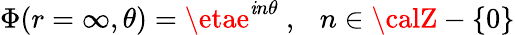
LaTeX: \Phi(r=\infty,\theta)=\etae^{\mathit{i}n\theta}\ ,\ \ \ n\in{\calZ}-\{ 0\}